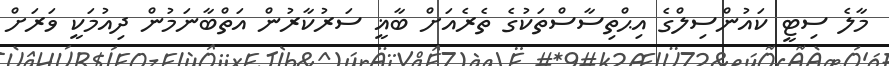
މާލެ ސިޓީ ކައުންސިލްގެ އިޙްތިސާސްތަކުގެ ތެރެއަށް ބާޣީ ސަރުކާރުން އަތްބާނަމުން ދިއުމަކީ ވަރަށް